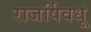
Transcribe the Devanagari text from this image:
राजर्षिवधू